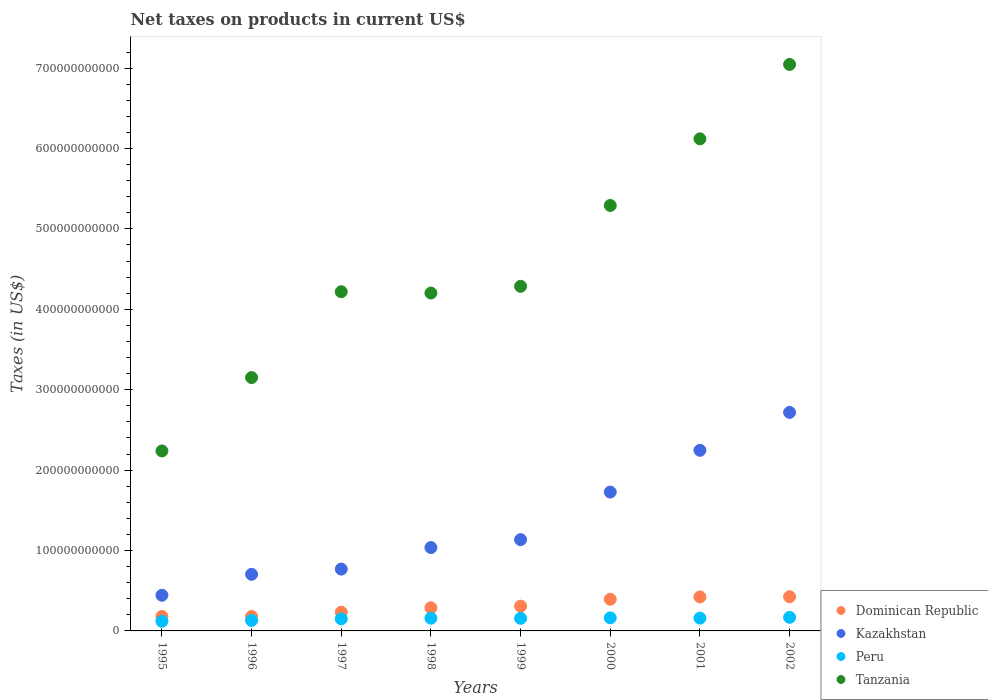
| Years | Dominican Republic | Kazakhstan | Peru | Tanzania |
 | --- | --- | --- | --- | --- |
 | 1995 | 1.8e+10 | 4.43e+10 | 1.2e+10 | 2.24e+11 |
 | 1996 | 1.8e+10 | 7.04e+10 | 1.3e+10 | 3.15e+11 |
 | 1997 | 2.33e+10 | 7.69e+10 | 1.5e+10 | 4.22e+11 |
 | 1998 | 2.88e+10 | 1.04e+11 | 1.58e+10 | 4.2e+11 |
 | 1999 | 3.08e+10 | 1.14e+11 | 1.57e+10 | 4.29e+11 |
 | 2000 | 3.94e+10 | 1.73e+11 | 1.62e+10 | 5.29e+11 |
 | 2001 | 4.23e+10 | 2.25e+11 | 1.59e+10 | 6.12e+11 |
 | 2002 | 4.25e+10 | 2.72e+11 | 1.69e+10 | 7.05e+11 |